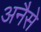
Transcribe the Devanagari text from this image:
अनैसे